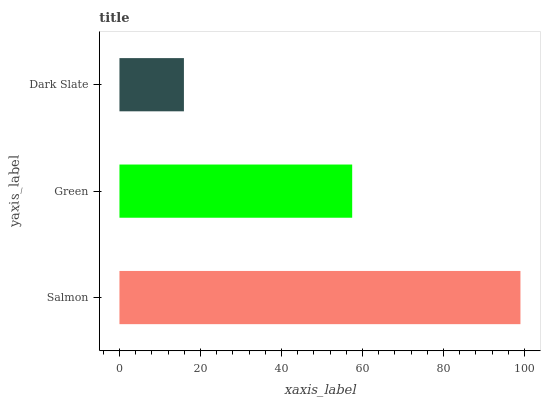
| yaxis_label | bars |
 | --- | --- |
 | Salmon | 99 |
 | Green | 57.5 |
 | Dark Slate | 15.9 |